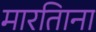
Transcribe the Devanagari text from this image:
मारतिाना